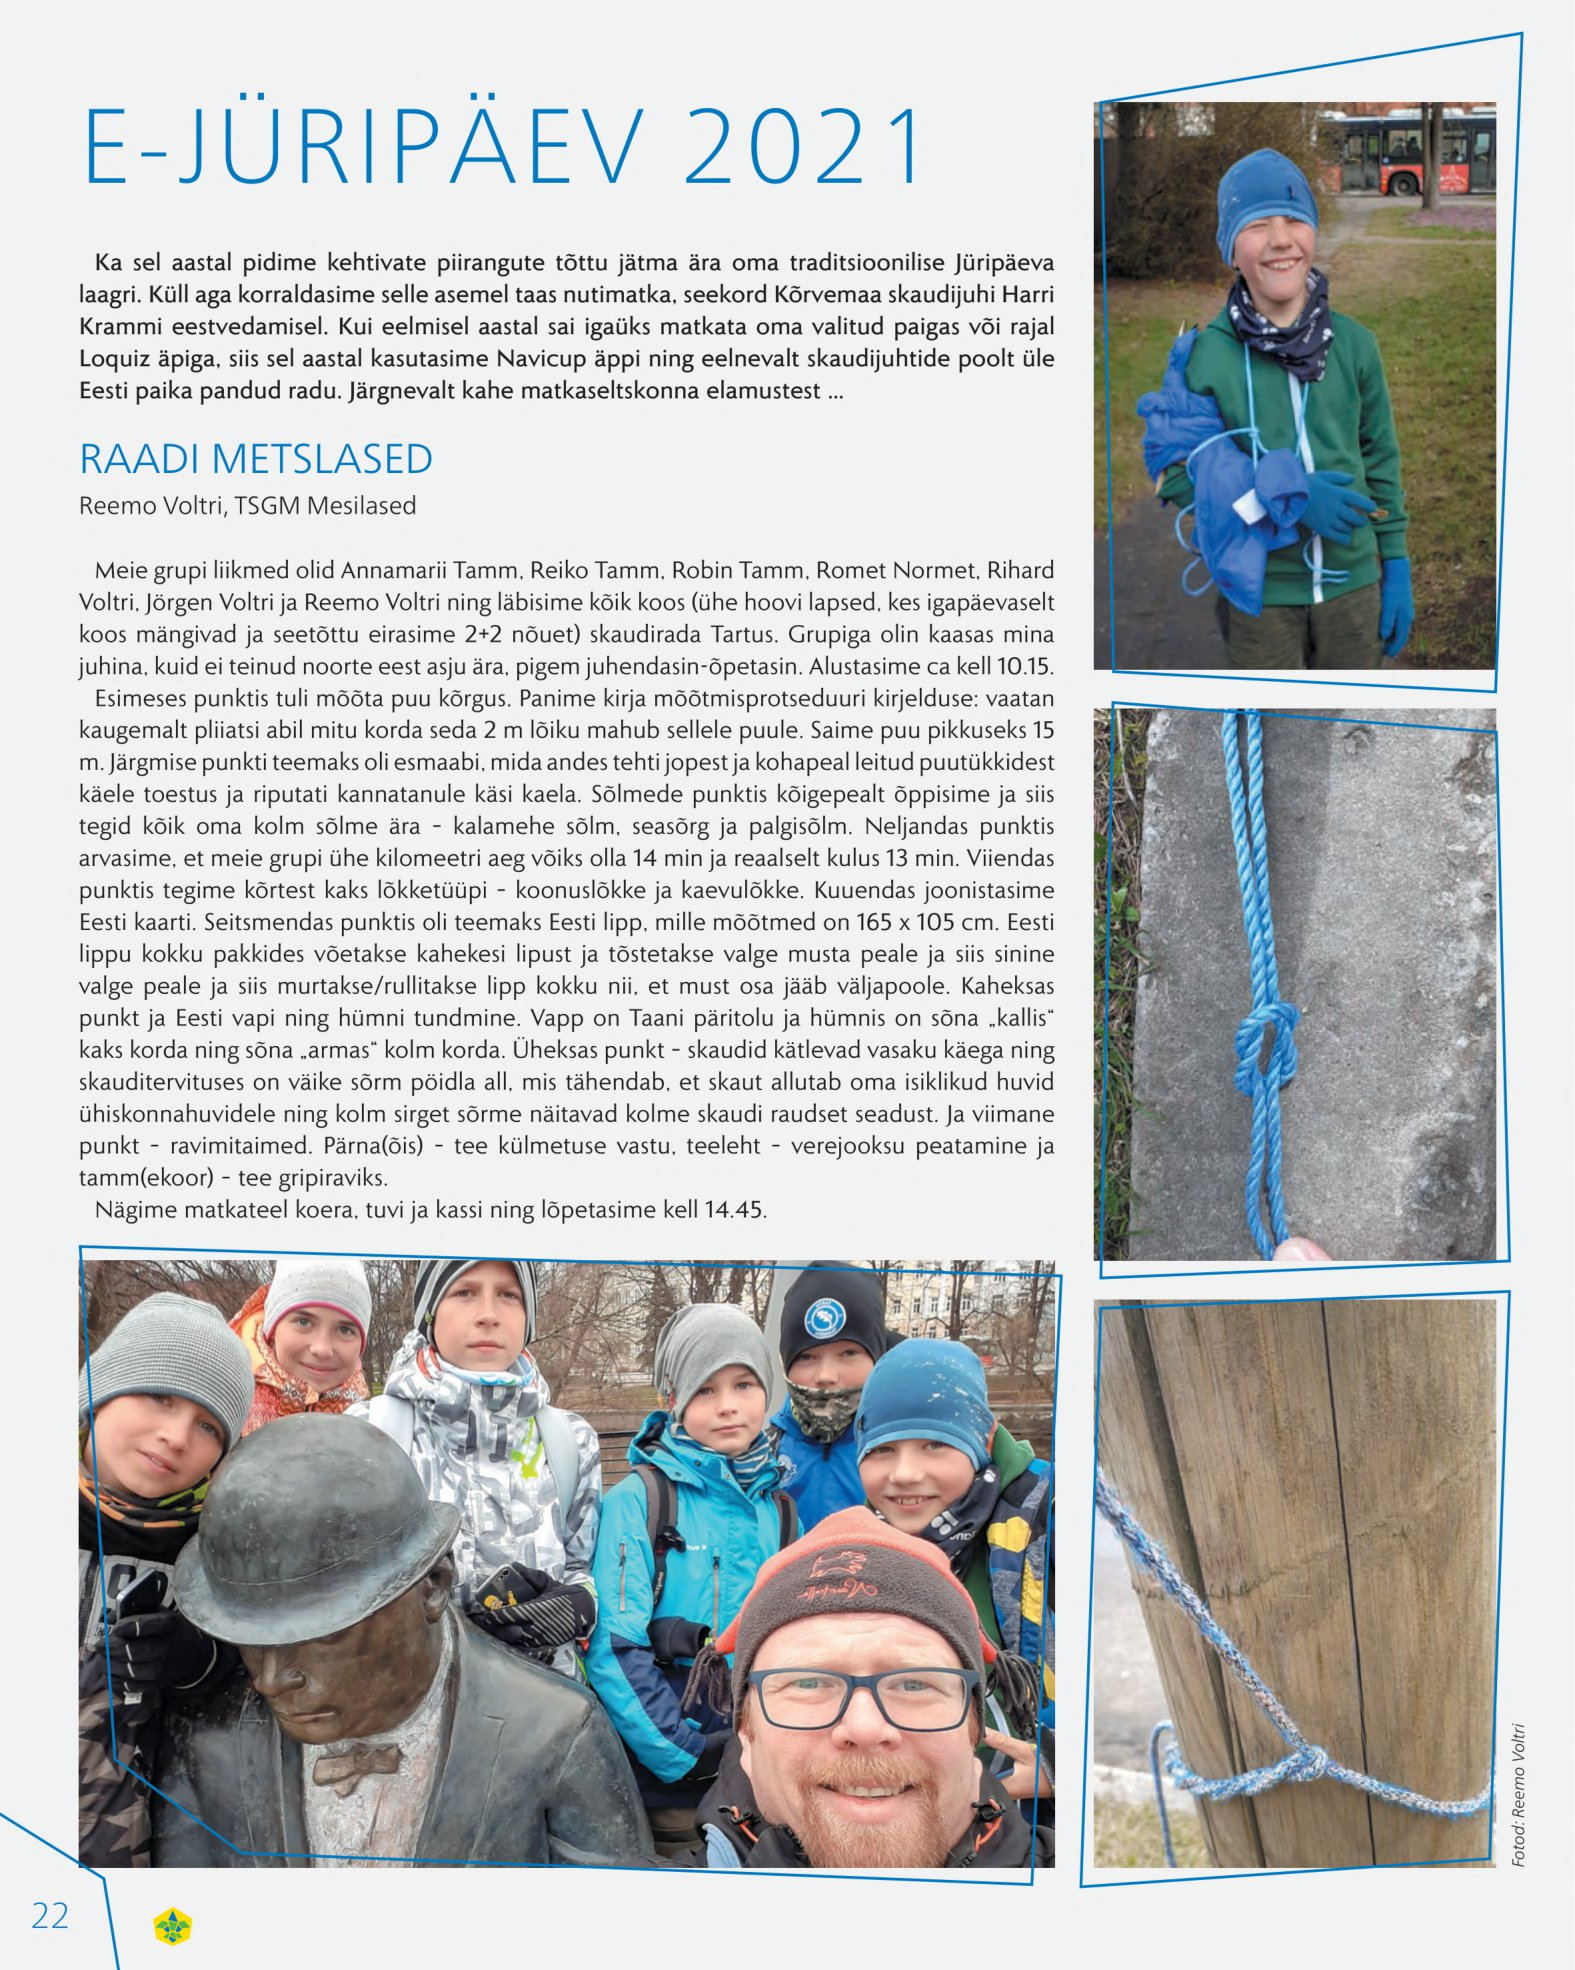
Language: et